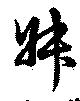
叔